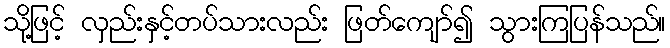
သို့ဖြင့် လှည်းနှင့်တပ်သားလည်း ဖြတ်ကျော်၍ သွားကြပြန်သည်။